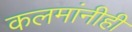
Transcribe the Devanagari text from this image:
कलमांनीही